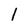
Character: l